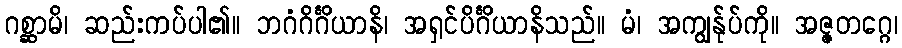
ဂစ္ဆာမိ၊ ဆည်းကပ်ပါ၏။ ဘဂံဂိင်္ဂိယာနိ၊ အရှင်ပိင်္ဂိယာနိသည်။ မံ၊ အကျွန်ုပ်ကို။ အဇ္ဇတဂ္ဂေ၊